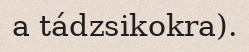
a tádzsikokra).